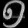
Digit: ၅